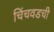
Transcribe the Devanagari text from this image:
चिंचवडची